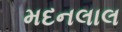
મદનલાલ